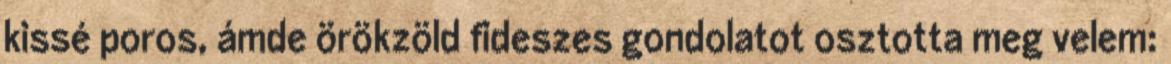
kissé poros, ámde örökzöld fideszes gondolatot osztotta meg velem: